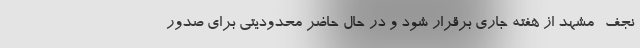
نجف- مشهد از هفته جاری برقرار شود و در حال حاضر محدودیتی برای صدور